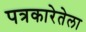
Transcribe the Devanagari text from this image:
पत्रकारेतेला